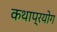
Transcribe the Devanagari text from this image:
कथाप्रयोग